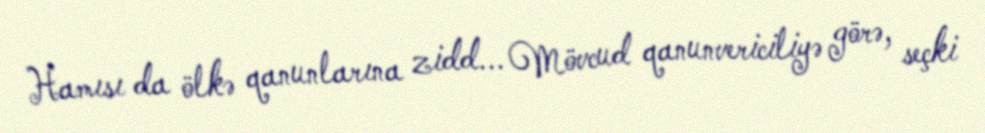
Hamısı da ölkə qanunlarına zidd... Mövcud qanunvericiliyə görə, seçki